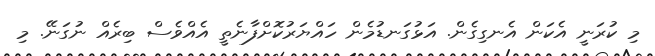
މި ކުރަނީ އެކަން އެނގިގެން. އަޅުގަނޑުމެން ހައްޔަރުކޮށްފާނެތީ އެއްވެސް ބިރެއް ނުގަނޭ. މި